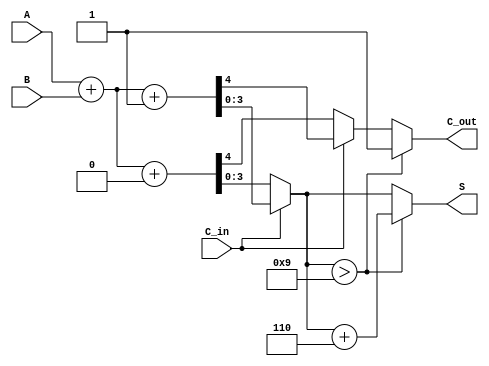
module BCD_Modified_Carry_Select_Adder (
    input  [3:0] A,       // 4-bit BCD input A
    input  [3:0] B,       // 4-bit BCD input B
    input        C_in,     // Carry input
    output reg [3:0] S,    // 4-bit BCD sum output
    output reg C_out       // Carry output
);

    wire [4:0] sum0, sum1; // 5-bit wide to accommodate carry
    wire carry0, carry1;    // Carry outputs for both cases

    // Calculate sums for C_in = 0 and C_in = 1
    assign sum0 = A + B + 0; // When C_in is 0
    assign sum1 = A + B + 1; // When C_in is 1

    // Determine carry outputs for both cases
    assign carry0 = sum0[4]; // Carry out for C_in = 0
    assign carry1 = sum1[4]; // Carry out for C_in = 1

    always @(*) begin
        // Default outputs
        S = 4'b0000;
        C_out = 1'b0;

        // Select the appropriate sum based on C_in
        if (C_in == 1'b0) begin
            S = sum0[3:0]; // Use sum when C_in is 0
            C_out = carry0;
        end else begin
            S = sum1[3:0]; // Use sum when C_in is 1
            C_out = carry1;
        end

        // BCD correction logic
        if (S > 4'b1001) begin
            S = S + 4'b0110; // Add 6 if S exceeds 9
            C_out = 1'b1;    // Set carry out if correction is applied
        end
    end

endmodule